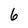
Character: 6